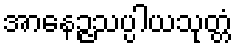
အာနေဉ္ဇသပ္ပါယသုတ္တံ